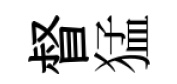
督猛